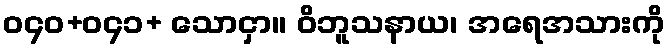
ဝ၄၀+ဝ၄၁+ သောငှာ။ ဝိဘူသနာယ၊ အရေအသားကို